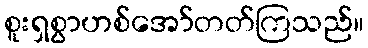
စူးရှစွာဟစ်အော်တတ်ကြသည်။